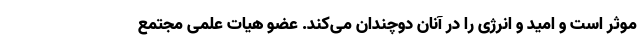
موثر است و امید و انرژی را در آنان دوچندان می‌کند. عضو هیات علمی مجتمع